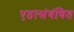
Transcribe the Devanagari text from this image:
एतत्संबंधित